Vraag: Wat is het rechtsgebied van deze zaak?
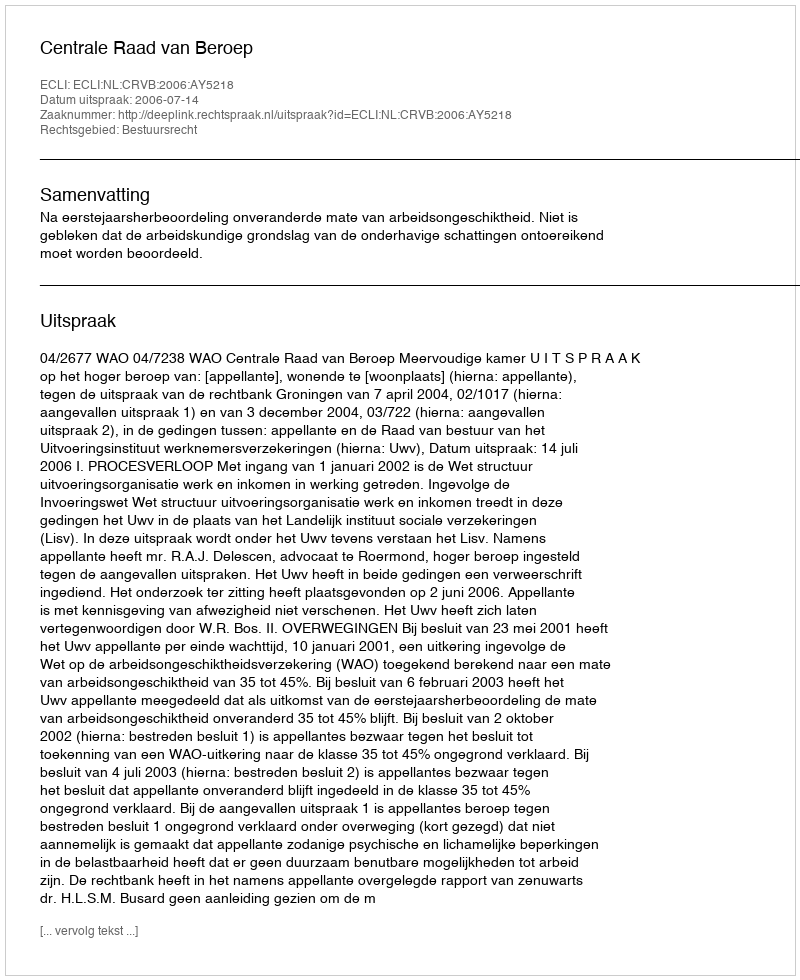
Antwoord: Bestuursrecht